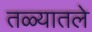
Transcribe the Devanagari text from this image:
तळ्यातले